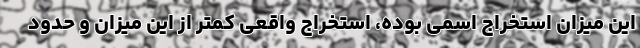
این میزان استخراج اسمی بوده، استخراج واقعی کمتر از این میزان و حدود